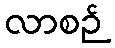
လာစဉ်